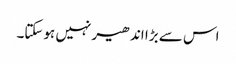
اس سے بڑا اندھیر نہیں ہوسکتا۔